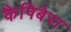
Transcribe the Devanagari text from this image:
कैपिबेरा